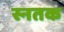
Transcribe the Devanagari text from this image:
स्नतक